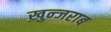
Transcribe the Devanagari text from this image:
ख़ुन्जराब